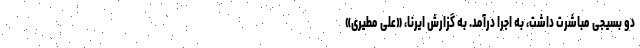
دو بسیجی مباشرت داشت، به اجرا درآمد. به گزارش ایرنا، «علی مطیری»